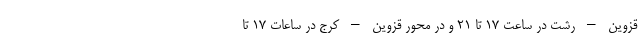
قزوین – رشت در ساعت ۱۷ تا ۲۱ و در محور قزوین – کرج در ساعات ۱۷ تا